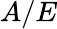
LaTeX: A/E